Report of the Indian Hemp Drugs Commission, 1894-1895 - Volume I
Year: 1894
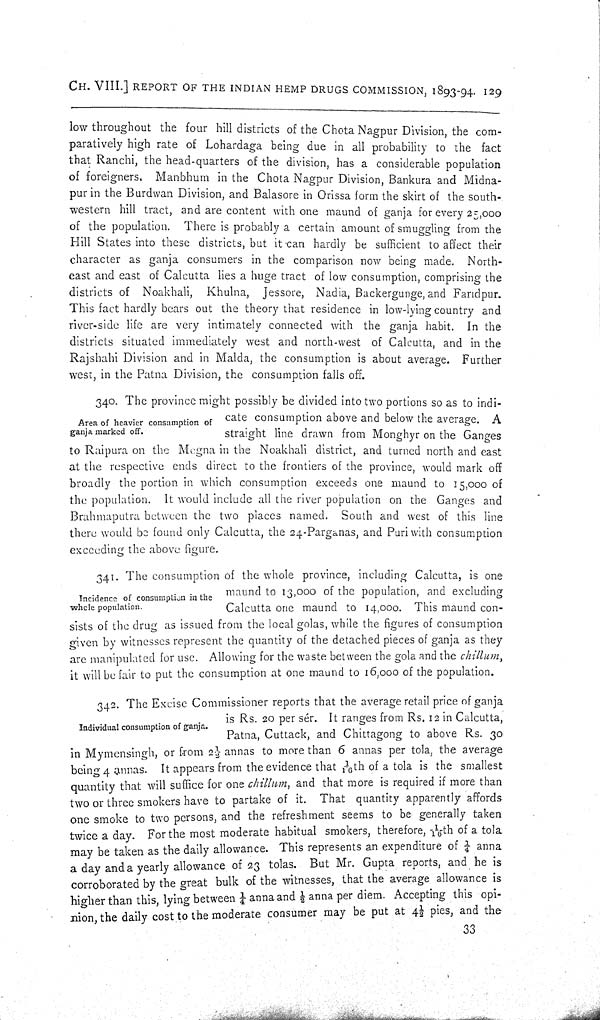
CH. VIII.] REPORT OF THE INDIAN HEMP DRUGS COMMISSION, 1893-94. 129
low throughout the four hill districts of the Chota Nagpur Division, the com-
paratively high rate of Lohardaga being due in all probability to the fact
that Ranchi, the head-quarters of the division, has a considerable population
of foreigners. Manbhum in the Chota Nagpur Division, Bankura and Midna-
pur in the Burdwan Division, and Balasore in Orissa form the skirt of the south-
western hill tract, and are content with one maund of ganja for every 25,000
of the population. There is probably a certain amount of smuggling from the
Hill States into these districts, but it can hardly be sufficient to affect their
character as ganja consumers in the comparison now being made. North-
east and east of Calcutta lies a huge tract of low consumption, comprising the
districts of Noakhali, Khulna, Jessore, Nadia, Backergunge, and Faridpur.
This fact hardly bears out the theory that residence in low-lying country and
river-side life are very intimately connected with the ganja habit. In the
districts situated immediately west and north-west of Calcutta, and in the
Rajshahi Division and in Malda, the consumption is about average. Further
west, in the Patna Division, the consumption falls off.
Area of heavier consumption of
ganja marked off.
340. The province might possibly be divided into two portions so as to indi-
cate consumption above and below the average. A
straight line drawn from Monghyr on the Ganges
to Raipura on the Megna in the Noakhali district, and turned north and east
at the respective ends direct to the frontiers of the province, would mark off
broadly the portion in which consumption exceeds one maund to 15,000 of
the population. It would include all the river population on the Ganges and
Brahmaputra between the two places named. South and west of this line
there would be found only Calcutta, the 24-Parganas, and Puri with consumption
exceeding the above figure.
Incidence of consumption in the
whole population.
341. The consumption of the whole province, including Calcutta, is one
maund to 13,000 of the population, and excluding
Calcutta one maund to 14,000. This maund con-
sists of the drug as issued from the local golas, while the figures of consumption
given by witnesses represent the quantity of the detached pieces of ganja as they
are manipulated for use. Allowing for the waste between the gola and the chillum,
it will be fair to put the consumption at one maund to 16,000 of the population.
Individual consumption of ganja.
342. The Excise Commissioner reports that the average retail price of ganja
is Rs. 20 per sér. It ranges from Rs. 12 in Calcutta,
Patna, Cuttack, and Chittagong to above Rs. 30
in Mymensingh, or from 21/2 annas to more than 6 annas per tola, the average
being 4 annas. It appears from the evidence that 1/16th of a tola is the smallest
quantity that will suffice for one chillum, and that more is required if more than
two or three smokers have to partake of it. That quantity apparently affords
one smoke to two persons, and the refreshment seems to be generally taken
twice a day. For the most moderate habitual smokers, therefore, 1/16 th of a tola
may be taken as the daily allowance. This represents an expenditure of 1/4 anna
a day and a yearly allowance of 23 tolas. But Mr. Gupta reports, and he is
corroborated by the great bulk of the witnesses, that the average allowance is
higher than this, lying between 1/4 anna and 1/2 anna per diem. Accepting this opi-
nion, the daily cost to the moderate consumer may be put at 41/2 pies, and the
33